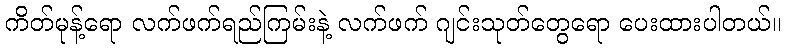
ကိတ်မုန့်ရော လက်ဖက်ရည်ကြမ်းနဲ့ လက်ဖက် ဂျင်းသုတ်တွေရော ပေးထားပါတယ်။